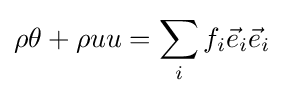
\rho \theta +\rho uu=\sum _{i}f_{i}{\vec {e}}_{i}{\vec {e}}_{i}